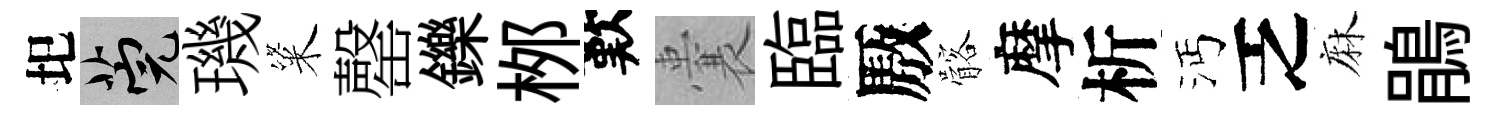
圯筦璣粢罄鑠桞歎囊臨厫髂摩析沔乏麻鵑